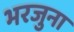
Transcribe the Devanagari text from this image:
भरजुना